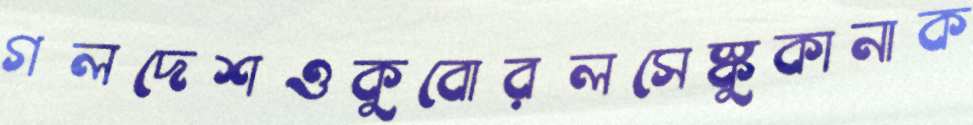
গলদেশওকুবোরলসেস্কুকানাক